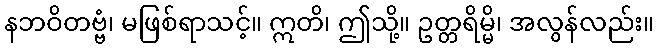
နဘဝိတဗ္ဗံ၊ မဖြစ်ရာသင့်။ ဣတိ၊ ဤသို့။ ဥတ္တရိမ္မိ၊ အလွန်လည်း။